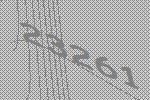
23261